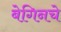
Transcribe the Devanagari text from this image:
बेगिनचे